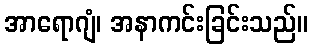
အာရောဂျံ၊ အနာကင်းခြင်းသည်။